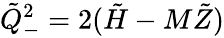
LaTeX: \tilde{Q}_{-}^{2}=2(\tilde{H}-M\tilde{Z})